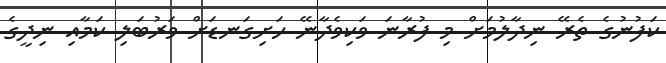
ކަފުނުގެ ތެރޭ ނިދާލުމަށް މި ފުރާނަ ވަކިވެދާނޭ ހަށިގަނޑަށް ވަރުބަލި ކަމާއި ނިދީގެ